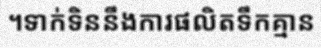
។ទាក់ទិននឹងការផលិតទឹកគ្មាន